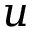
u